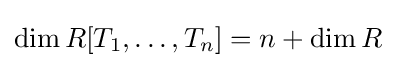
\dim R[T_{1},\ldots ,T_{n}]=n+\dim R